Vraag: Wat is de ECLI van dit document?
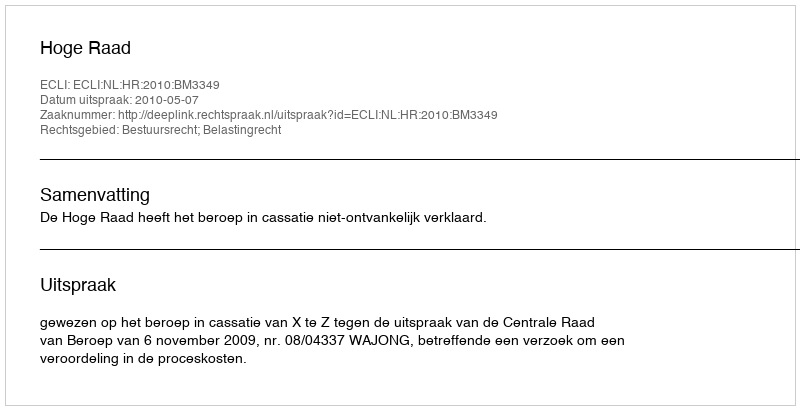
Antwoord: ECLI:NL:HR:2010:BM3349